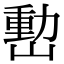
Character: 𡼉